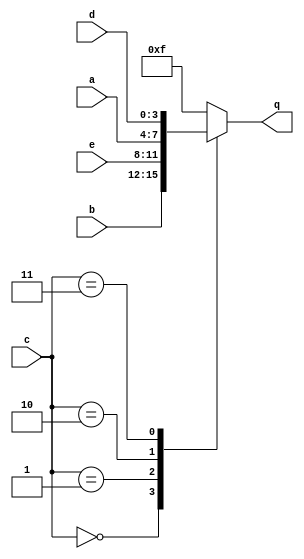
module top_module (
    input [3:0] a,
    input [3:0] b,
    input [3:0] c,
    input [3:0] d,
    input [3:0] e,
    output [3:0] q );
always @*begin
    case(c)
        0:q=b;
        1:q=e;
        2:q=a;
        3:q=d;
        default:q='hf;
    endcase
end
endmodule